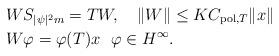
LaTeX: \begin{align*}& WS_{|\psi|^2m}=TW, \ \ \ \|W\|\leq K C_{{\rm pol}, T}\|x\| \\ \ \ \ & W\varphi=\varphi(T)x \ \ \varphi\in H^\infty. \end{align*}